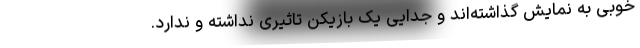
خوبی به نمایش گذاشته‌اند و جدایی یک بازیکن تاثیری نداشته و ندارد.